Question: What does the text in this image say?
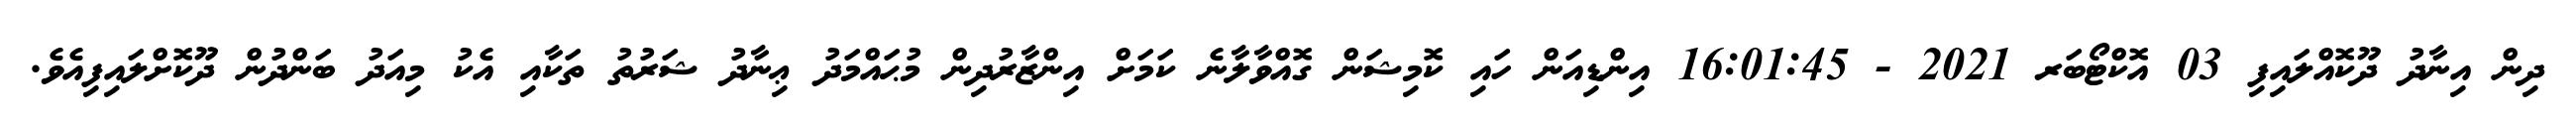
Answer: ދިން އިނާދު ދޫކޮއްލައިފި 03 އޮކްޓޯބަރ 2021 - 16:01:45 އިންޑިއަން ހައި ކޮމިޝަން ގޮއްވާލާނެ ކަމަށް އިންޒާރުދިން މުޙައްމަދު ޢިނާދު ޝަރުތު ތަކާއި އެކު މިއަދު ބަންދުން ދޫކޮށްލައިފިއެވެ.